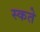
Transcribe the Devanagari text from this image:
स्कते